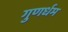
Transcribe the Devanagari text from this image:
गुणर्धम